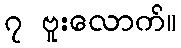
၇ ဗူးလောက်။